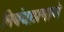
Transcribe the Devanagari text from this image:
निबंधाप्रमाणे